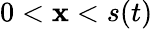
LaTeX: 0<\mathbf{x}<s(t)